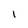
Character: l